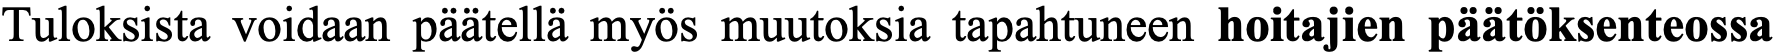
Tuloksista voidaan päätellä myös muutoksia tapahtuneen hoitajien päätöksenteossa